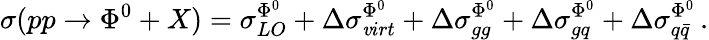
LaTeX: \sigma(pp\to\Phi^{0}+X)=\sigma_{LO}^{\Phi^{0}}+\Delta\sigma_{\mathit{v}irt}^{\Phi^{0}}+\Delta\sigma_{gg}^{\Phi^{0}}+\Delta\sigma_{gq}^{\Phi^{0}}+\Delta\sigma_{q\bar{{q}}}^{\Phi^{0}}\, .